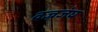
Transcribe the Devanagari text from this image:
वज्रजंघ